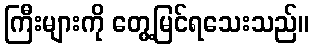
ကြီးများကို တွေ့မြင်ရသေးသည်။